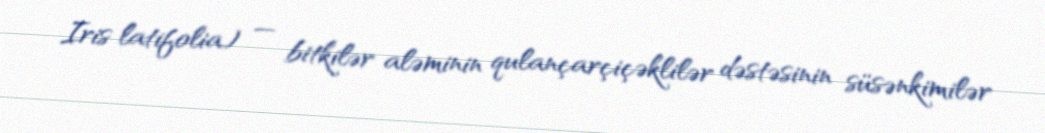
Iris latifolia) — bitkilər aləminin qulançarçiçəklilər dəstəsinin süsənkimilər